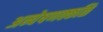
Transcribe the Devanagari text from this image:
अन्वेषणक्कळि